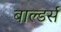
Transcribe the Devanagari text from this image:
बाल्डर्स